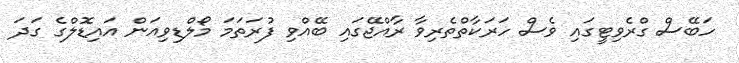
ހަބޭސް ގްރެވިޓީގައި ވެސް ހަރަކާތްތެރިވާ ރާއްޖޭގައި ބޭއްވި ފުރަތަމަ މޯލްޑިވިއަން އައިޑޮލްގެ ގަދަ